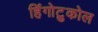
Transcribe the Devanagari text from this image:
हिंगोटुकोल